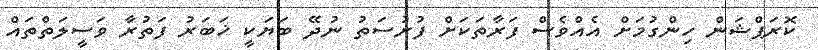
ކޮރަޕްޝަން ހިންގުމަށް އެއްވެސް ފަރާތަކަށް ފުރުސަތު ނުދޭ ބަޔަކީ ޚަބަރު ފަތުރާ ވަސީލަތްތައް